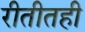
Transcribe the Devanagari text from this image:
रीतीतही